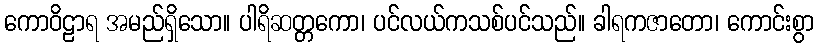
ကောဝိဠာရ အမည်ရှိသော။ ပါရိဆတ္တကော၊ ပင်လယ်ကသစ်ပင်သည်။ ခါရကဇာတော၊ ကောင်းစွာ